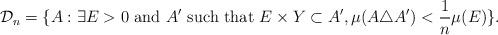
LaTeX: \begin{align*}\mathcal{D}_n = \{ A : \exists E > 0\mbox{ and } A^{\prime} \mbox{ such that } E\times Y \subset A^{\prime}, \mu(A\triangle A^{\prime}) < \frac{1}{n} \mu (E) \} . \end{align*}